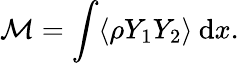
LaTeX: \mathcal{M}=\int\langle\rho Y_{1}Y_{2}\rangle\: \mathrm{d}x.